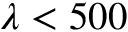
\lambda < 5 0 0